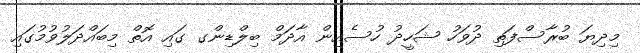
މިދިޔަ ބުރާސްފަތި ދުވަހު ޝަހީދު ހުސެއިން އާދަމް ބިލްޑިންގ ގައި އޮތް މިބައްދަލުވުމުގައި